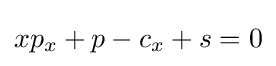
xp_{x}+p-c_{x}+s=0